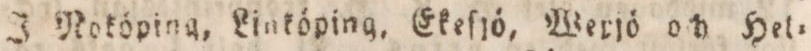
J Noköping, Linköping, Ekeſjö, Werjö och Hel=